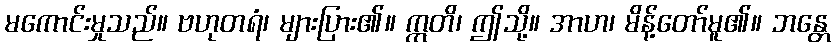
မကောင်းမှုသည်။ ဗဟုတရံ၊ များပြား၏။ ဣတိ၊ ဤသို့။ အာဟ၊ မိန့်တော်မူ၏။ ဘန္တေ